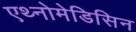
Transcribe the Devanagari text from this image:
एथ्नोमेडिसिन